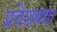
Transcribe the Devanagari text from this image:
प्रवेशबंद्या